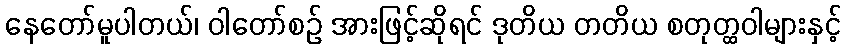
နေတော်မူပါတယ်၊ ဝါတော်စဉ် အားဖြင့်ဆိုရင် ဒုတိယ တတိယ စတုတ္ထဝါများနှင့်